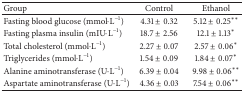
| Group | Control | Ethanol |
 | --- | --- | --- |
 | Fasting blood glucose (mmol·L−1) | 4.31 ± 0.32 | 5.12 ± 0.25** |
 | Fasting plasma insulin (mIU·L−1) | 18.7 ± 2.56 | 12.1 ± 1.13* |
 | Total cholesterol (mmol·L−1) | 2.27 ± 0.07 | 2.57 ± 0.06* |
 | Triglycerides (mmol·L−1) | 1.54 ± 0.09 | 1.84 ± 0.07* |
 | Alanine aminotransferase (U·L−1) | 6.39 ± 0.04 | 9.98 ± 0.06** |
 | Aspartate aminotransferase (U·L−1) | 4.36 ± 0.03 | 7.54 ± 0.06** |